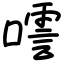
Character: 㘊